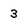
Character: 3